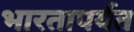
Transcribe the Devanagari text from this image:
भारतापर्यत